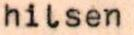
hilsen